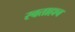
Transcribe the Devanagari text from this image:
स्वताहाच